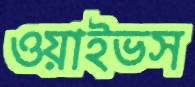
ওয়াইভস